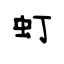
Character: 虰